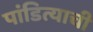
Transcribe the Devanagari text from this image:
पांडित्याची